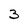
Character: 3